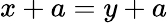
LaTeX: x+a=y+a